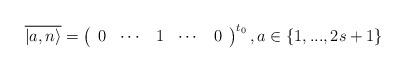
LaTeX: \begin{align*}\overline{\left\vert a,n\right\rangle }=\left( \begin{array}{ccccc}0 & \cdots & 1 & \cdots & 0\end{array}\right) ^{t_{0}},a\in \{1,...,2s+1\}\end{align*}